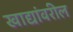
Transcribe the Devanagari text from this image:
खाद्यांवरील